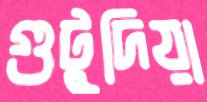
গুটুদিয়া